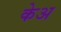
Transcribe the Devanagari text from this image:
केअ